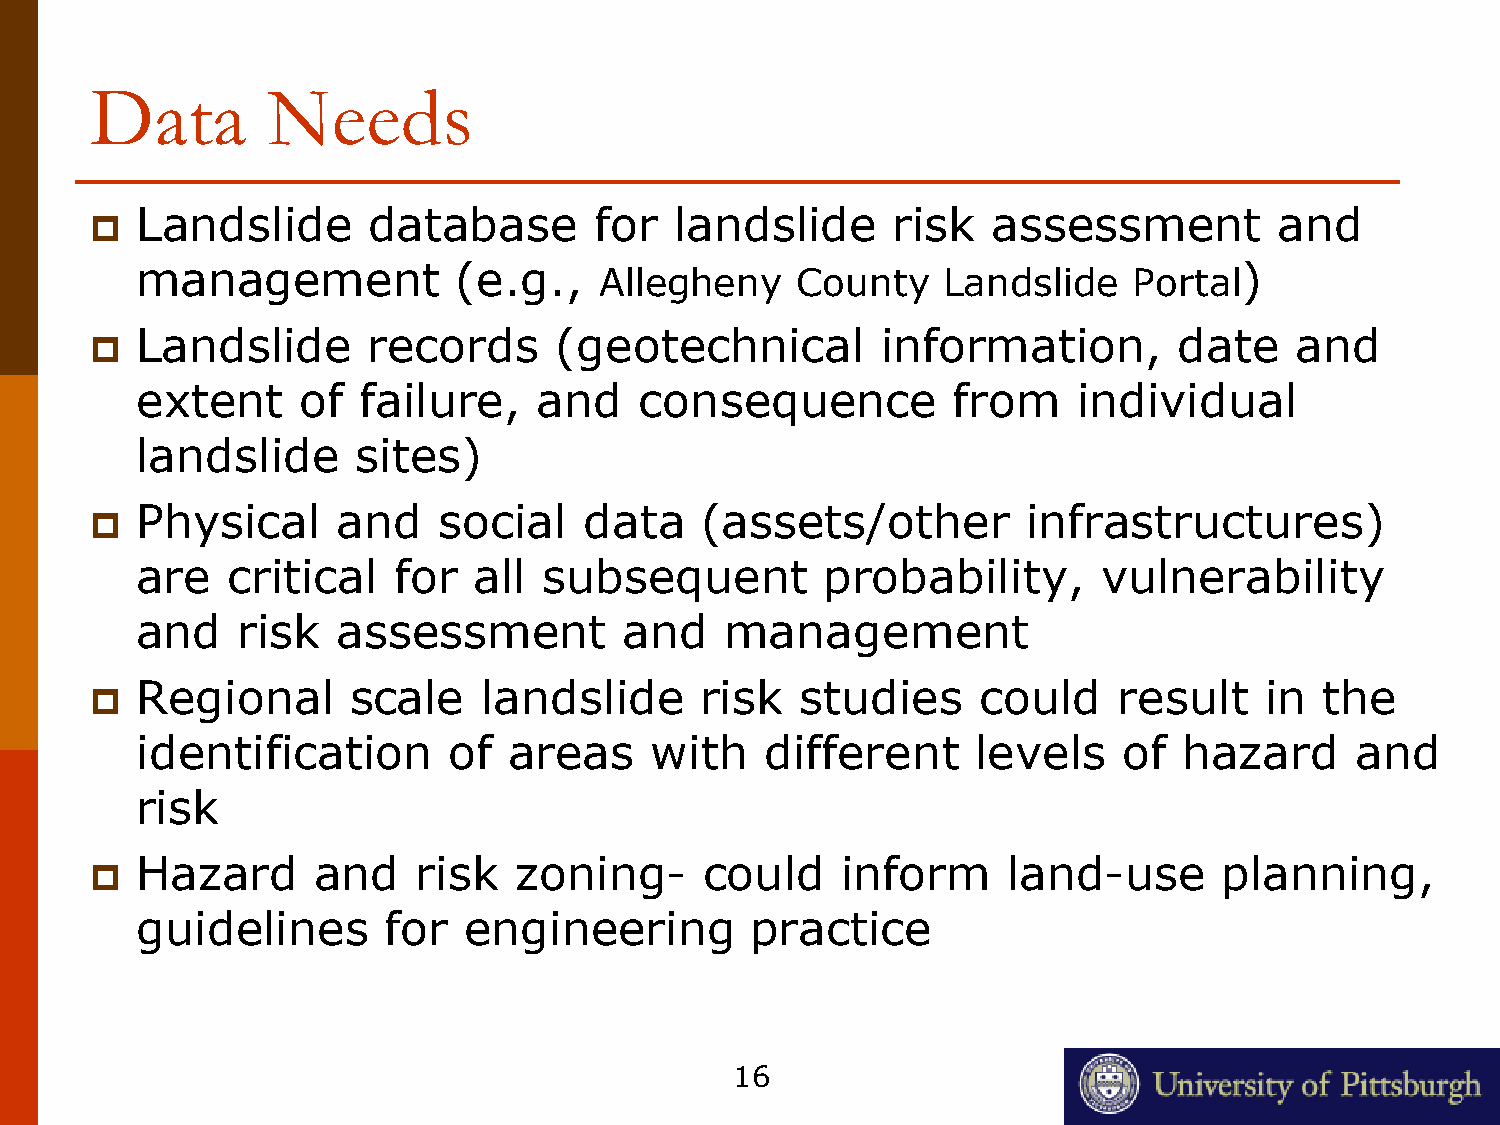
Data        Needs
 Landslide      database       for   landslide     risk   assessment         and
 
 management           (e.g.,                                              )
 Allegheny    County   Landslide    Portal
 Landslide      records      (geotechnical        information,        date    and
 
 extent     of  failure,    and   consequence          from    individual
 landslide      sites)
 Physical     and    social    data   (assets/other         infrastructures)
 
 are   critical   for  all  subsequent         probability,      vulnerability
 and    risk  assessment         and    management
 Regional      scale    landslide     risk   studies     could    result    in  the
 
 identification       of  areas    with    different     levels   of  hazard      and
 risk
 Hazard      and    risk  zoning-      could    inform     land-use      planning,
 
 guidelines      for   engineering        practice
 16